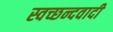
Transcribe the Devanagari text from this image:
स्वच्छन्दवादी